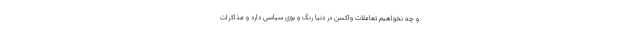
و چه نخواهیم تعاملات واکسن در دنیا رنگ و بوی سیاسی دارد و مذاکرات